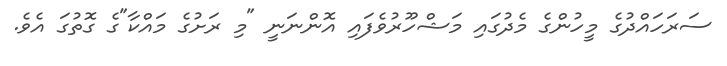
ސަރަހައްދުގެ މީހުންގެ މެދުގައި މަޝްހޫރުވެފައި އޮންނަނީ "މި ރަށުގެ މައްކާ"ގެ ގޮތުގަ އެވެ.